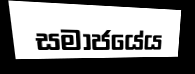
සමාජයේය